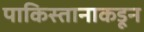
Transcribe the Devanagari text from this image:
पाकिस्तानाकडून